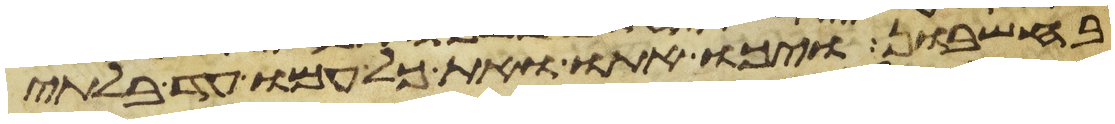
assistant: בחשבון ויכו אתו ואת כל עמו עד בלתי